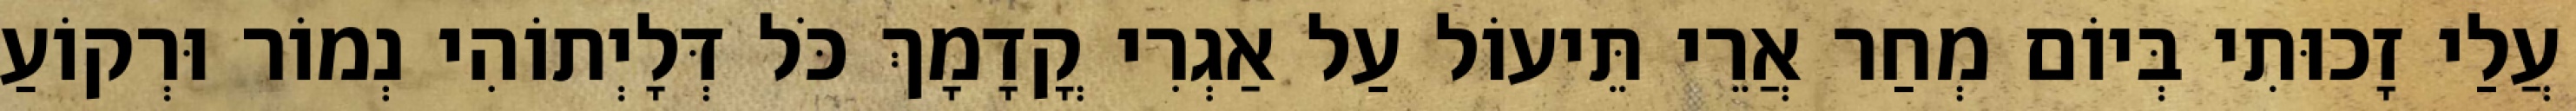
עֲלַי זָכוּתִי בְּיוֹם מְחַר אֲרֵי תֵּיעוֹל עַל אַגְרִי קֳדָמָךְ כֹּל דְּלָיְתוֹהִי נְמוֹר וּרְקוֹעַ